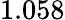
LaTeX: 1.058